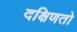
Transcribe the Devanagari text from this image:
दक्षिणतो